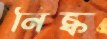
নিষ্ক